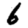
Digit: 6